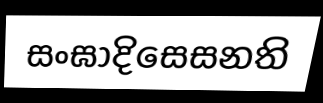
සංඝාදිසෙසනති